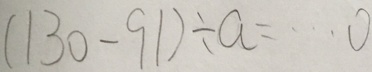
( 1 3 0 - 9 1 ) \div a = \cdots 0